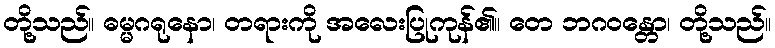
တို့သည်။ ဓမ္မဂရုနော၊ တရားကို အလေးပြုကုန်၏။ တေ ဘဂဝန္တော၊ တို့သည်။